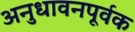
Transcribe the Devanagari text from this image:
अनुधावनपूर्वक